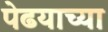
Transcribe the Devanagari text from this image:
पेढयाच्या